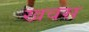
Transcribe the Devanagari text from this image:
खवस